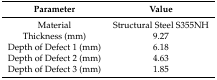
| Parameter | Value |
 | --- | --- |
 | Material | Structural Steel S355NH |
 | Thickness (mm) | 9.27 |
 | Depth of Defect 1 (mm) | 6.18 |
 | Depth of Defect 2 (mm) | 4.63 |
 | Depth of Defect 3 (mm) | 1.85 |